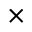
\times